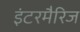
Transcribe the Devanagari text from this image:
इंटरमैरिज